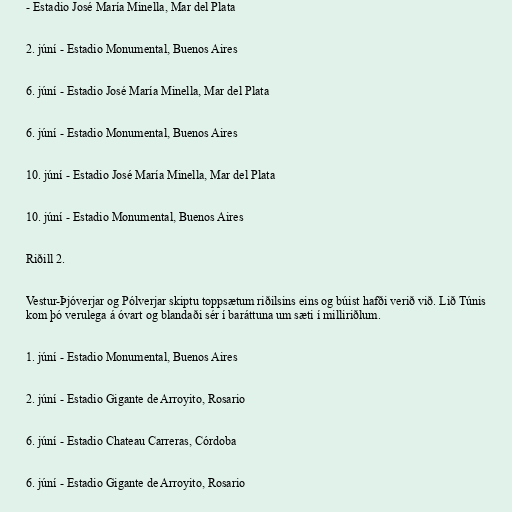
- Estadio José María Minella, Mar del Plata

2. júní - Estadio Monumental, Buenos Aires

6. júní - Estadio José María Minella, Mar del Plata

6. júní - Estadio Monumental, Buenos Aires

10. júní - Estadio José María Minella, Mar del Plata

10. júní - Estadio Monumental, Buenos Aires

Riðill 2.

Vestur-Þjóverjar og Pólverjar skiptu toppsætum riðilsins eins og búist hafði verið við. Lið Túnis
kom þó verulega á óvart og blandaði sér í baráttuna um sæti í milliriðlum.

1. júní - Estadio Monumental, Buenos Aires

2. júní - Estadio Gigante de Arroyito, Rosario

6. júní - Estadio Chateau Carreras, Córdoba

6. júní - Estadio Gigante de Arroyito, Rosario